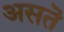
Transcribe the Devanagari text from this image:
असतॆ